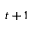
t + 1